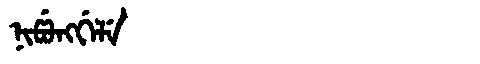
Manchu: ᠨᡳᡦᡠᠩᡤᡝᠯᡝ
Romanization: NIPUNGGELE